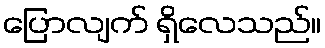
ပြောလျက် ရှိလေသည်။